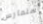
سنمارس